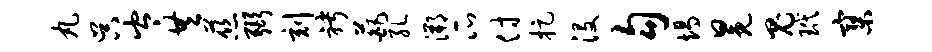
丸吴岑共慈弼刻聘葩孔溯瓜付捉没勾竭冕鬼玳寥